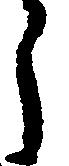
う